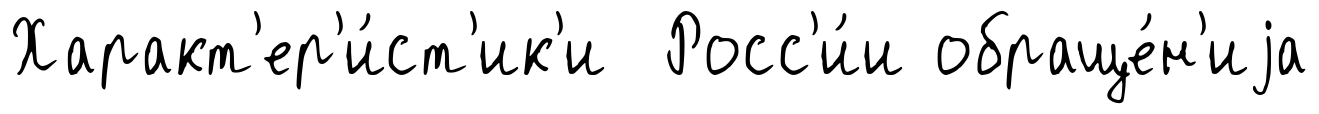
Характ'ер'и́ст'ик'и Росс'и́и обраще́н'иjа